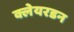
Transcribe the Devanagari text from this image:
क्लेयरडन